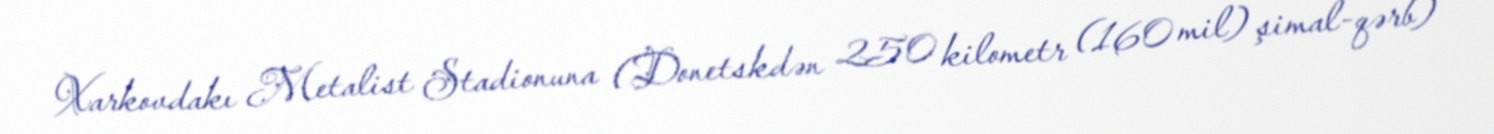
Xarkovdakı Metalist Stadionuna (Donetskdən 250 kilometr (160 mil) şimal-qərb)